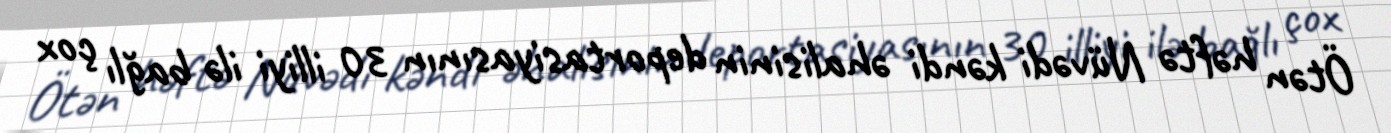
Ötən həftə Nüvədi kəndi əhalisinin deportasiyasının 30 illiyi ilə bağlı çox